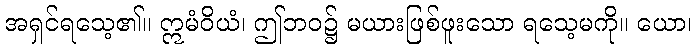
အရှင်ရသေ့၏။ ဣမံဝိယံ၊ ဤဘဝ၌ မယားဖြစ်ဖူးသော ရသေ့မကို။ ယော၊